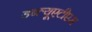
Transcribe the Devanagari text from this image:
डब्ल्यूएटीएस